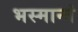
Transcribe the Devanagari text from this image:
भस्मान्तं